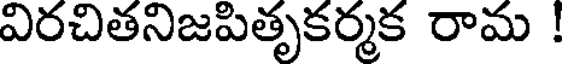
విరచితనిజపితృకర్మక రామ !